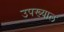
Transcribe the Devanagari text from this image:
उपख्याल